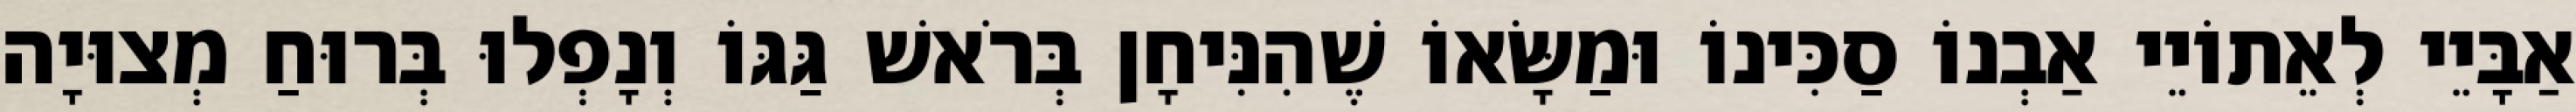
אַבָּיֵי לְאֵתוֹיֵי אַבְנוֹ סַכִּינוֹ וּמַשָּׂאוֹ שֶׁהִנִּיחָן בְּרֹאשׁ גַּגּוֹ וְנָפְלוּ בְּרוּחַ מְצוּיָה